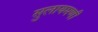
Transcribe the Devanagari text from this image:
सुलायमणी